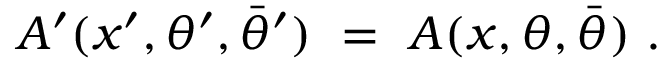
{ \cal A } ^ { \prime } ( x ^ { \prime } , \theta ^ { \prime } , \bar { \theta } ^ { \prime } ) \ = \ { \cal A } ( x , \theta , \bar { \theta } ) \ .